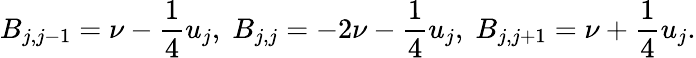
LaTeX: B_{j,j-1}=\nu-\frac{1}{4}u_{j},\; B_{j,j}=-2\nu-\frac{1}{4}u_{j},\; B_{j,j+1}=\nu+\frac{1}{4}u_{j}.